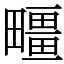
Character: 疅